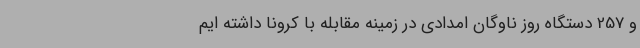
و 257 دستگاه روز ناوگان امدادی در زمینه مقابله با کرونا داشته ایم